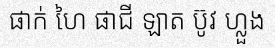
ផាក់ ហៃ ផាជី ឡាត ប៊ូវ ហ្លួង